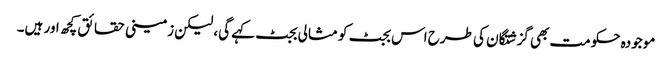
موجودہ حکومت بھی گزشتگان کی طرح اس بجٹ کو مثالی بجٹ کہے گی، لیکن زمینی حقائق کچھ اور ہیں۔